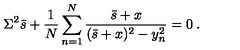
\Sigma ^ { 2 } \bar { s } + \frac { 1 } { N } \sum _ { n = 1 } ^ { N } \frac { \bar { s } + x } { ( \bar { s } + x ) ^ { 2 } - y _ { n } ^ { 2 } } = 0 \: .